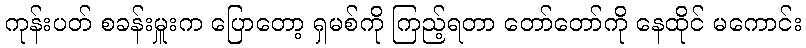
ကုန်းပတ် စခန်းမှူးက ပြောတော့ ရှမစ်ကို ကြည့်ရတာ တော်တော်ကို နေထိုင် မကောင်း